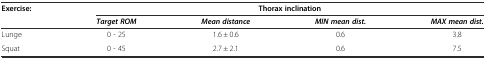
| Exercise: | <COLSPAN=4> Thorax inclination |
 |  | Target ROM | Mean distance | MIN mean dist. | MAX mean dist. |
 | --- | --- | --- | --- | --- |
 | Lunge | 0 - 25 | 1.6 ± 0.6 | 0.6 | 3.8 |
 | Squat | 0 - 45 | 2.7 ± 2.1 | 0.6 | 7.5 |